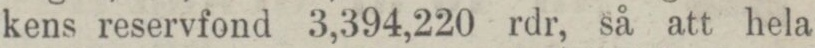
kens reservfond 3,394,220 rdr, så att hela